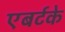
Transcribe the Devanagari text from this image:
एबर्टके